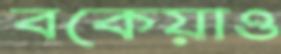
বকেয়াও